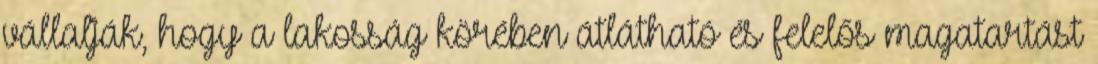
vállalják, hogy a lakosság körében átlátható és felelős magatartást